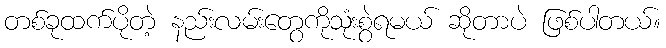
တစ်ခုထက်ပိုတဲ့ နည်းလမ်းတွေကိုသုံးစွဲရမယ် ဆိုတာပဲ ဖြစ်ပါတယ်။